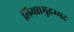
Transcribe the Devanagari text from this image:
लिया।मुहम्मद